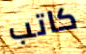
كاتب